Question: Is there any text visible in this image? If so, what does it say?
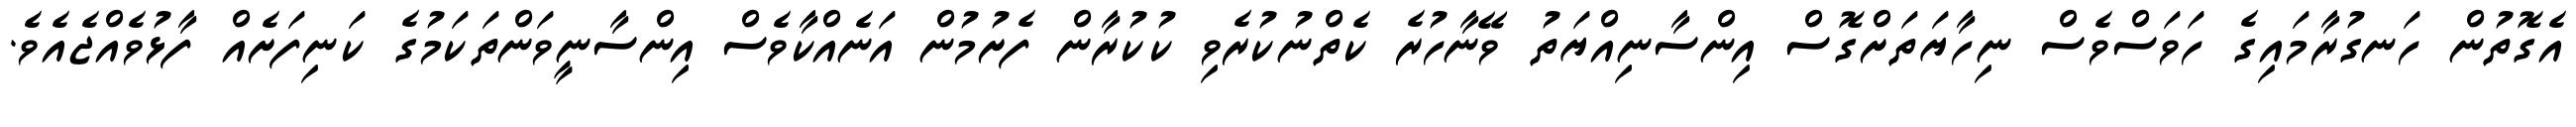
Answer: އެގޮތުން ހަނގުރާމައިގެ ހަވަސްވެސް ނިހާޔަތަށްގޮސް އިންސާނިއްޔަތު ވޭނާހުރެ ކެތްނުކުރެވި ކުކުރާން ފެށުމުން އަނެއްކާވެސް އިންސާނީވަންތަކަމުގެ ކަނިފަށެއް ފާޅުވެއްޖެއެވެ.